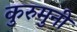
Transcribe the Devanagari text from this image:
कुरुमुनी